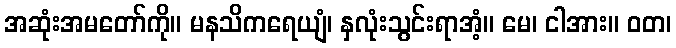
အဆုံးအမတော်ကို။ မနသိကရေယျံ၊ နှလုံးသွင်းရာအံ့။ မေ၊ ငါအား။ ဝတ၊